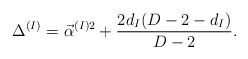
\begin{align*}\Delta^{(I)}=\vec\alpha^{(I)2}+{2d_I(D-2-d_I)\over D-2}.\end{align*}